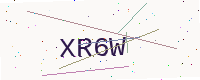
Text: XR6W